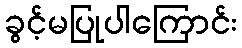
ခွင့်မပြုပါကြောင်း